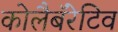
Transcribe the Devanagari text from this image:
कोलैबॅरेटिव